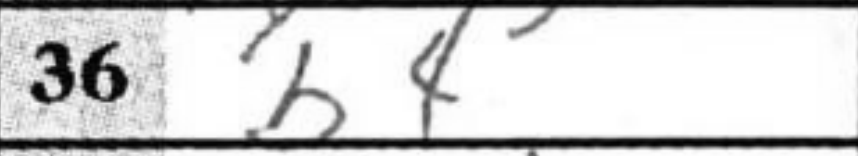
Transcription: b4